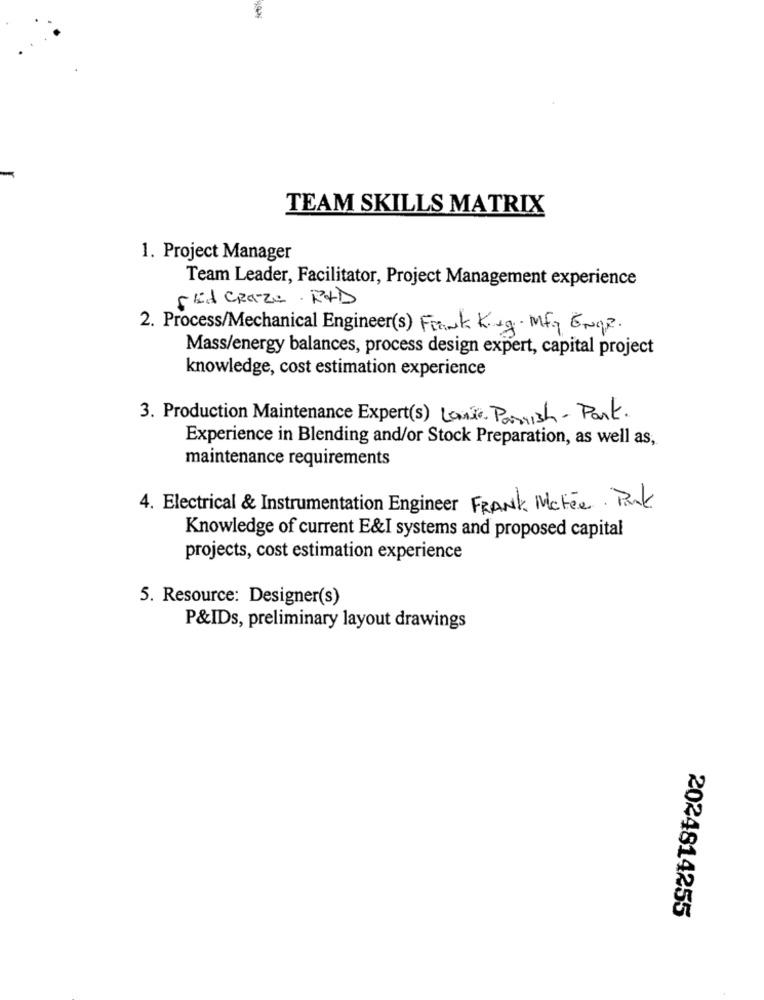
te
TEAM SKILLS MATRIX
1. Project Manager
Team Leader, Facilitator, Project Management experience
SEA CRAZE PAD
2. Process/Mechanical Engineer(s) Frank King. Mfg ENgr.
Mass/energy balances, process design expert, capital project
knowledge, cost estimation experience
3. Production Maintenance Expert(s) Lanie Parish - Part.
Experience in Blending and/or Stock Preparation, as well as,
maintenance requirements
4. Electrical & Instrumentation Engineer FRANK Mctée. Park
Knowledge of current E&I systems and proposed capital
projects, cost estimation experience
5. Resource: Designer(s)
P&IDs, preliminary layout drawings
2024814255